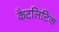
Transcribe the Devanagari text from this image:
कैटलिटिक